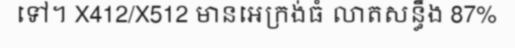
ទៅ។ X412/X512 មានអេក្រង់ធំ លាតសន្ធឹង 87%